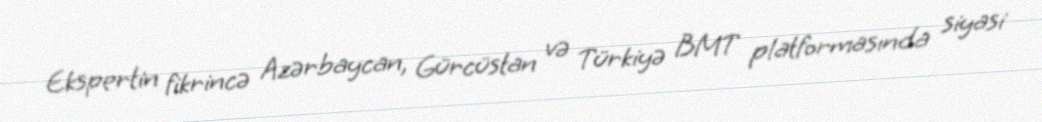
Ekspertin fikrincə Azərbaycan, Gürcüstan və Türkiyə BMT platformasında siyasi